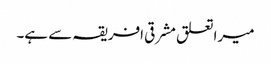
میرا تعلق مشرقی افریقہ سے ہے۔